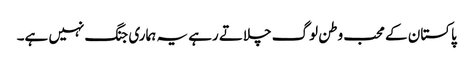
پاکستان کے محب وطن لوگ چلاتے رہے یہ ہماری جنگ نہیں ہے۔